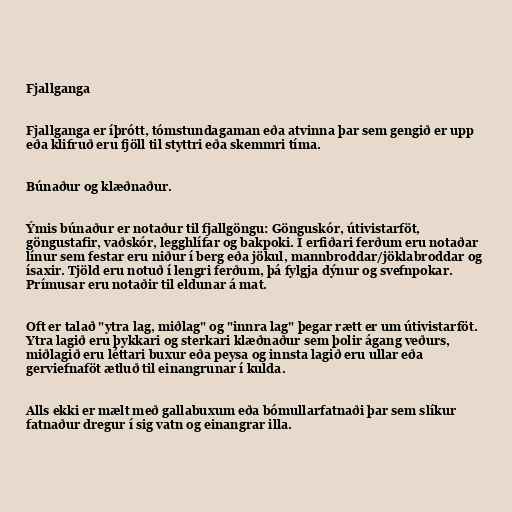
Fjallganga

Fjallganga er íþrótt, tómstundagaman eða atvinna þar sem gengið er upp
eða klifruð eru fjöll til styttri eða skemmri tíma.

Búnaður og klæðnaður.

Ýmis búnaður er notaður til fjallgöngu: Gönguskór, útivistarföt,
göngustafir, vaðskór, legghlífar og bakpoki. Í erfiðari ferðum eru notaðar
línur sem festar eru niður í berg eða jökul, mannbroddar/jöklabroddar og
ísaxir. Tjöld eru notuð í lengri ferðum, þá fylgja dýnur og svefnpokar.
Prímusar eru notaðir til eldunar á mat.

Oft er talað "ytra lag, miðlag" og "innra lag" þegar rætt er um útivistarföt.
Ytra lagið eru þykkari og sterkari klæðnaður sem þolir ágang veðurs,
miðlagið eru léttari buxur eða peysa og innsta lagið eru ullar eða
gerviefnaföt ætluð til einangrunar í kulda.

Alls ekki er mælt með gallabuxum eða bómullarfatnaði þar sem slíkur
fatnaður dregur í sig vatn og einangrar illa.